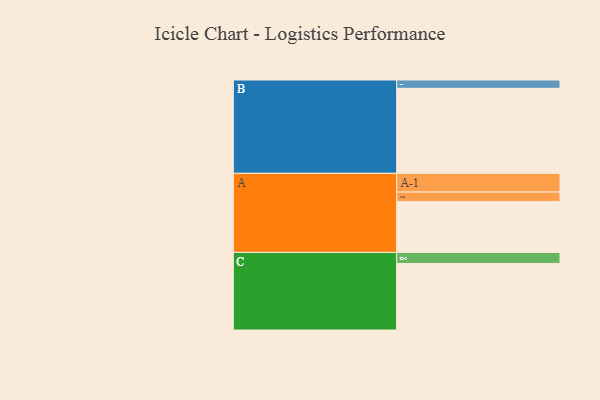
{"axis": {"x": "Segment", "y": "Value"}, "legend": ["", "A", "B", "C"], "data": [{"x": "A", "y": 337, "type": ""}, {"x": "B", "y": 562, "type": ""}, {"x": "C", "y": 440, "type": ""}, {"x": "A-1", "y": 124, "type": "A"}, {"x": "A-2", "y": 62, "type": "A"}, {"x": "B-1", "y": 55, "type": "B"}, {"x": "C-1", "y": 73, "type": "C"}]}